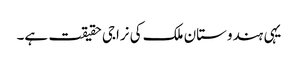
یہی ہندوستان ملک کی نراجی حقیقت ہے۔